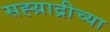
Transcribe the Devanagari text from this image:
सह्य़ाद्रीच्या